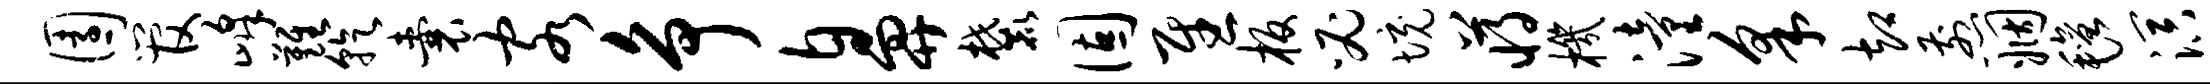
园管峰难乾囊客争鼻麓固慰板必境蒋机潼采却煎姻毡溟